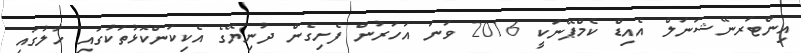
އިންޓަރނޭޝަނަލް އެއިޑް ކެމްޕޭނަކީ 2016 ވަނަ އަހަރުން ފެށިގެން ދުނިޔޭގެ އެކިކަންކޮޅުތަކުގައި ހާލުގައި